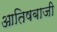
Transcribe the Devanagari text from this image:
आतिषबाजी